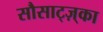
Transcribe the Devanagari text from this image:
सौसाट्ज़्का